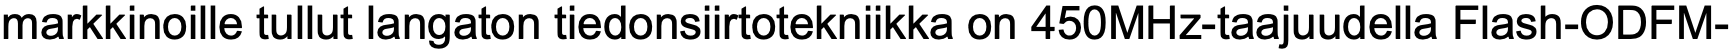
markkinoille tullut langaton tiedonsiirtotekniikka on 450MHz-taajuudella Flash-ODFM-